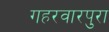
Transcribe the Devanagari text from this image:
गहरवारपुरा